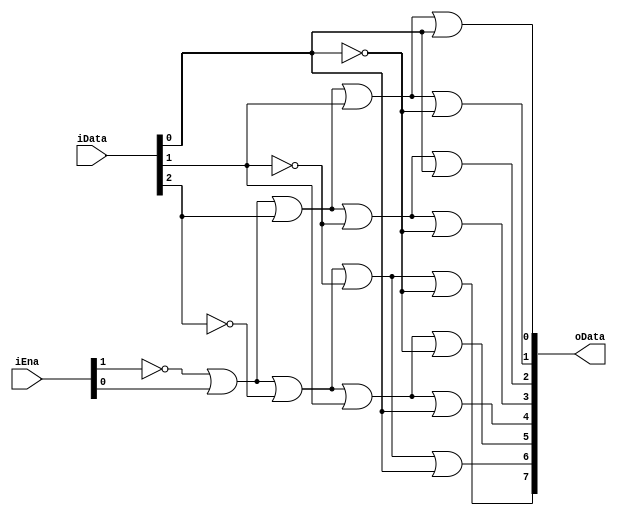
`timescale 1ns / 1ps
//////////////////////////////////////////////////////////////////////////////////
// Company: 
// Engineer: 
// 
// Design Name: 
// Module Name: decoder
// Project Name: 
// Target Devices: 
// Tool Versions: 
// Description: 
// 
// Dependencies: 
// 
// Revision:
// Revision 0.01 - File Created
// Additional Comments:
// 
//////////////////////////////////////////////////////////////////////////////////
module decoder(
    input [2:0] iData, // D2,D1,D0
    input [1:0] iEna, // G1,G2
    output reg [7:0] oData //?? 7~?? 0,
);
    always @(*)
    begin
        oData[0] <=  ~iEna[1] |  iEna[0] |  iData[2] |  iData[1] |  iData[0];
        oData[1] <=  ~iEna[1] |  iEna[0] |  iData[2] |  iData[1] | ~iData[0];
        oData[2] <=  ~iEna[1] |  iEna[0] |  iData[2] | ~iData[1] |  iData[0];
        oData[3] <=  ~iEna[1] |  iEna[0] |  iData[2] | ~iData[1] | ~iData[0];
        oData[4] <=  ~iEna[1] |  iEna[0] | ~iData[2] |  iData[1] |  iData[0];
        oData[5] <=  ~iEna[1] |  iEna[0] | ~iData[2] |  iData[1] | ~iData[0];
        oData[6] <=  ~iEna[1] |  iEna[0] | ~iData[2] | ~iData[1] |  iData[0];
        oData[7] <=  ~iEna[1] |  iEna[0] | ~iData[2] | ~iData[1] | ~iData[0];
    end
endmodule